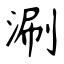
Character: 涮